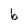
Character: b